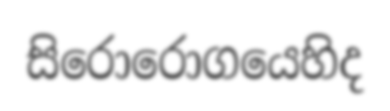
සිරොරොගයෙහිද